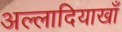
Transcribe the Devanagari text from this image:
अल्लादियाखाँ